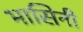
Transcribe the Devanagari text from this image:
भासिनी